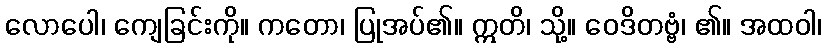
လောပေါ၊ ကျေခြင်းကို။ ကတော၊ ပြုအပ်၏။ ဣတိ၊ သို့။ ဝေဒိတဗ္ဗံ၊ ၏။ အထဝါ၊